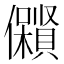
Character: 𱏟